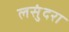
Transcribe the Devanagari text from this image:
लसुंदरा